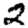
Digit: 2